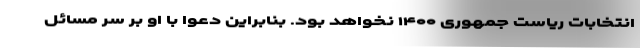
انتخابات ریاست جمهوری ۱۴۰۰ نخواهد بود. بنابراین دعوا با او بر سر مسائل